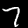
Digit: 7